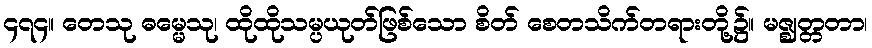
၄၇၄။ တေသု ဓမ္မေသု၊ ထိုထိုသမ္ပယုတ်ဖြစ်သော စိတ် စေတသိက်တရားတို့၌။ မဇ္ဈတ္တတာ၊